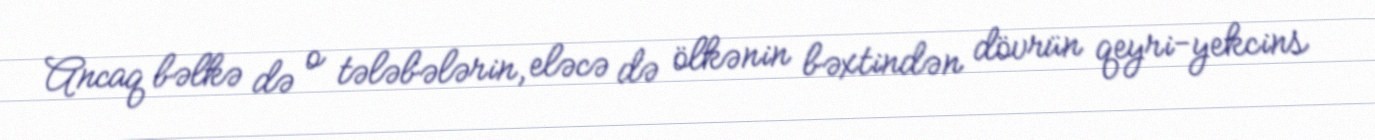
Ancaq bəlkə də o tələbələrin, eləcə də ölkənin bəxtindən dövrün qeyri-yekcins